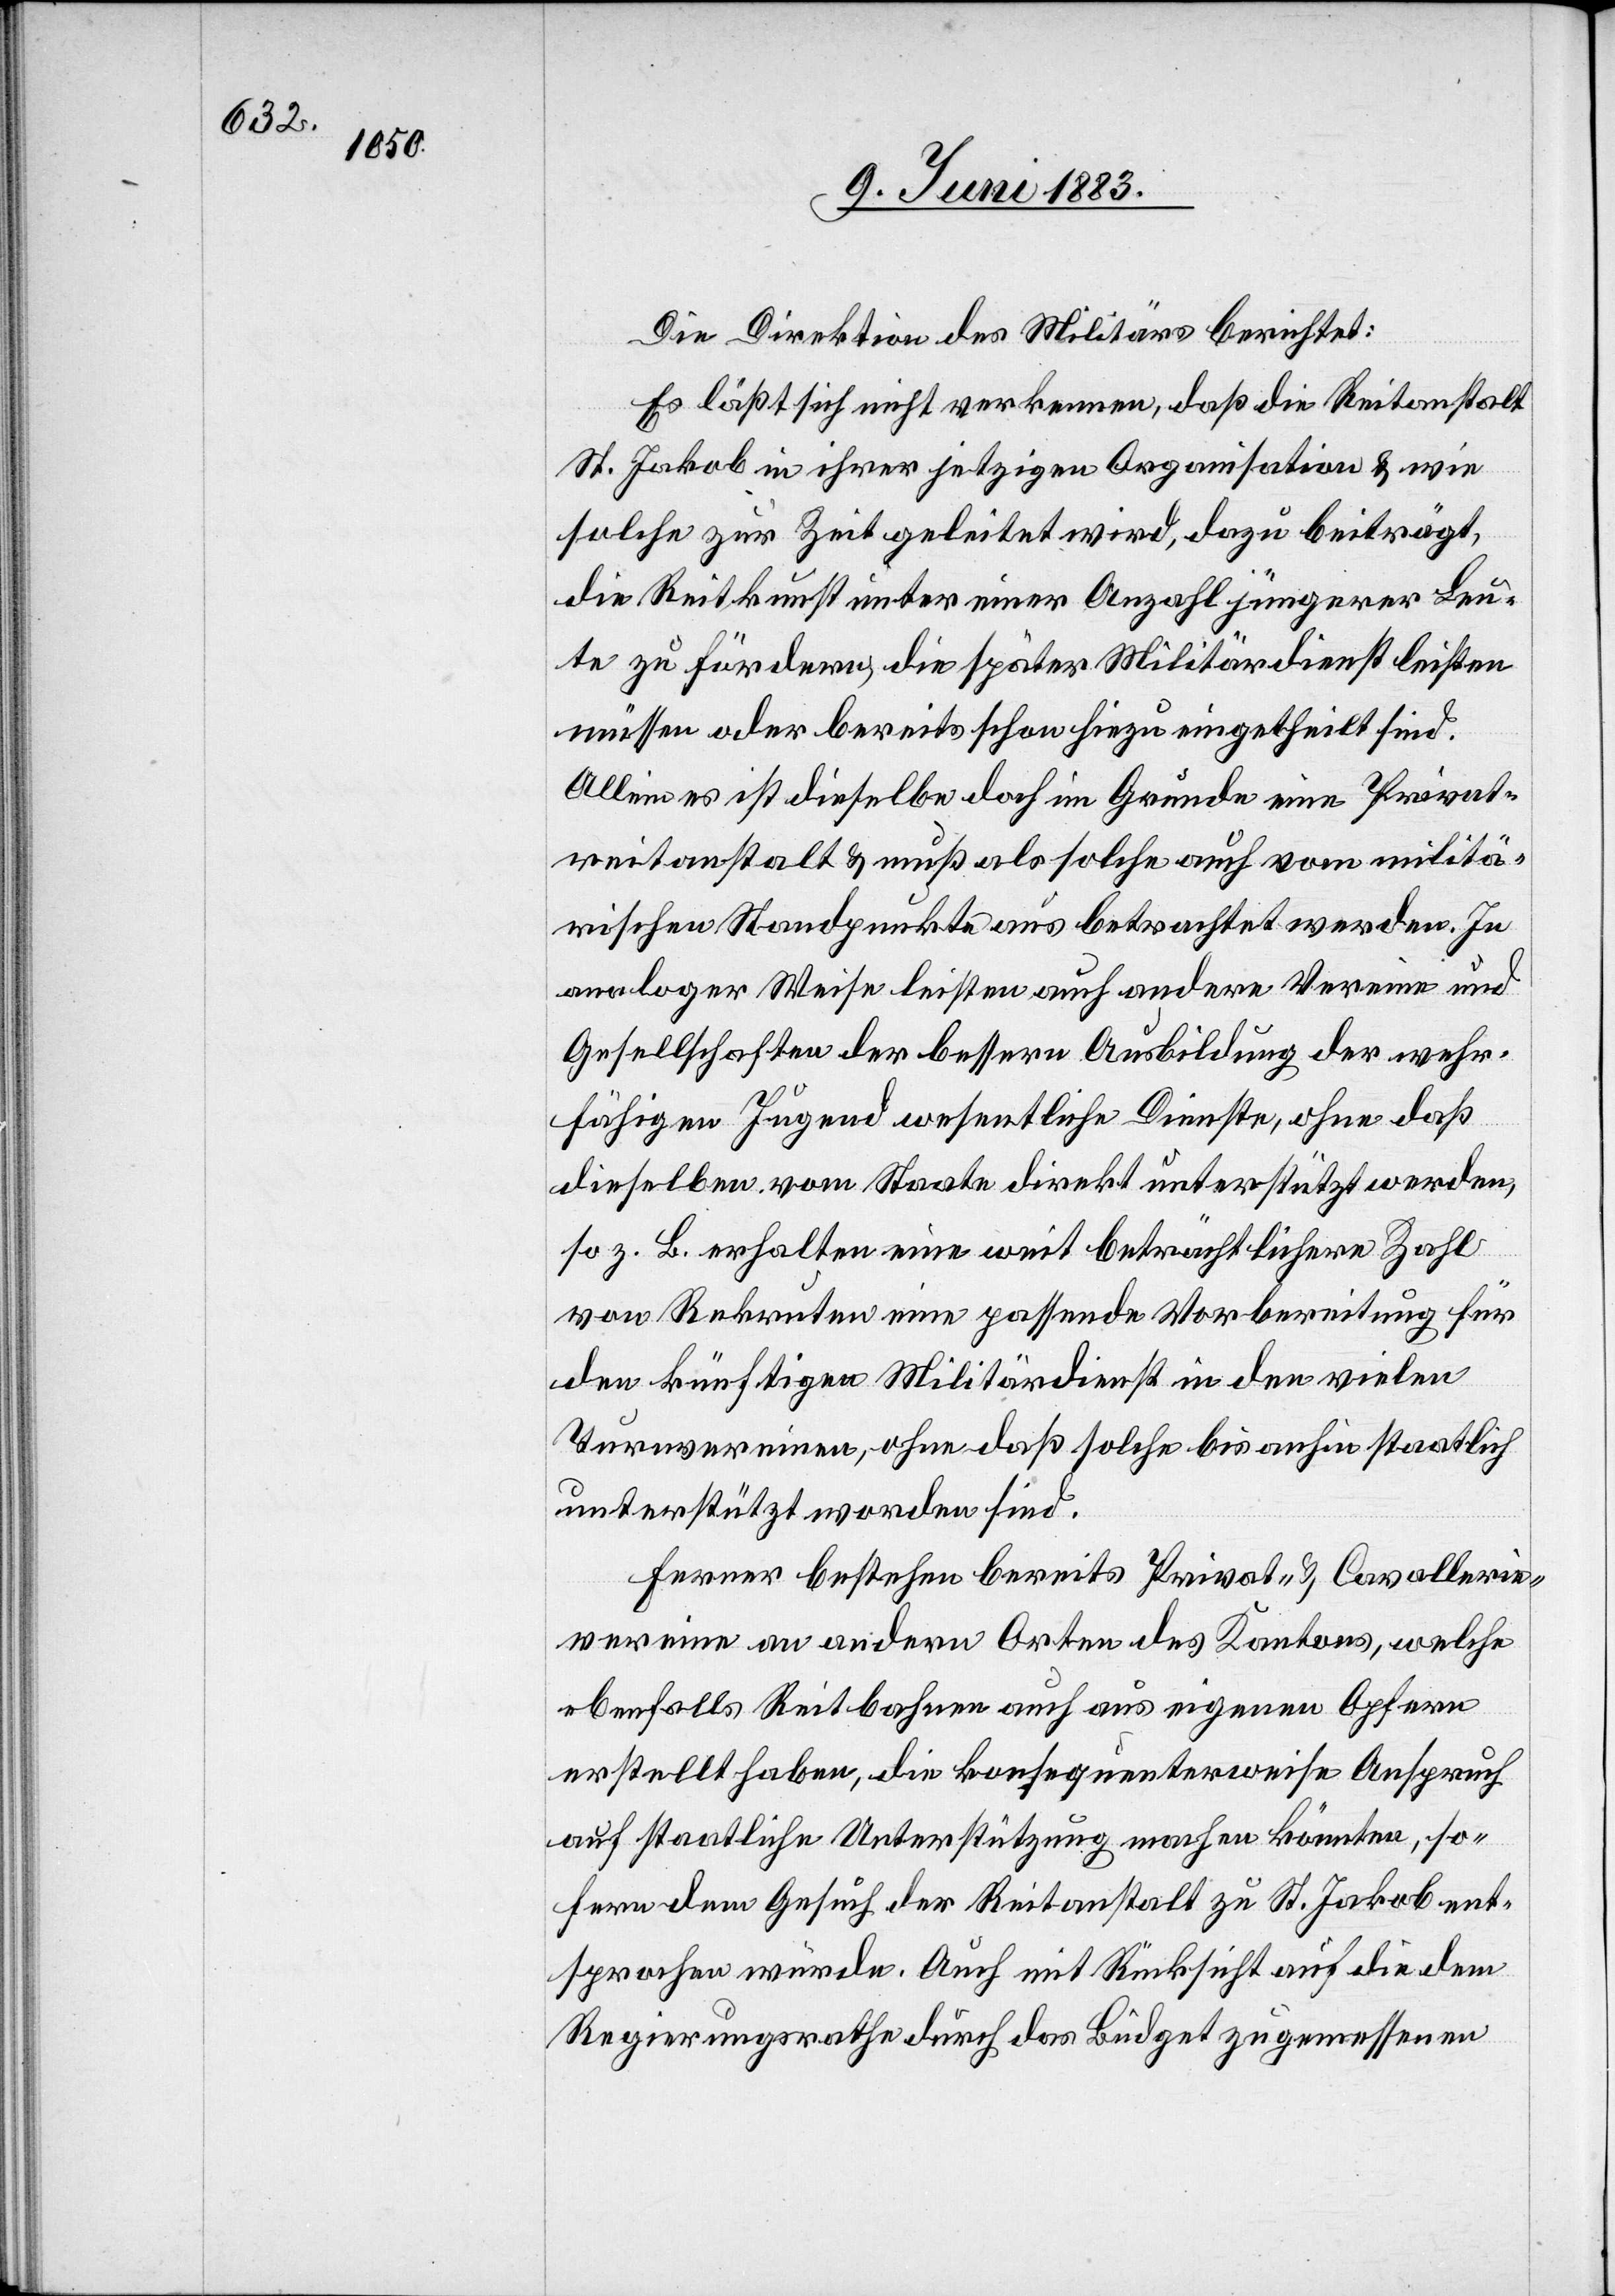
Die Direktion des Militärs berichtet:
Es läßt sich nicht verkennen, daß die Reitanstalt
St. Jakob in ihrer jetzigen Organisation & wie
solche zur Zeit geleitet wird, dazu beiträgt,
die Reitkunst unter einer Anzahl jüngerer Leu¬
te zu fördern, die später Militärdienst leisten
müssen oder bereits schon hiezu eingetheilt sind.
Allein es ist dieselbe doch im Grunde eine Privat¬
reitanstalt & muß als solche auch vom militä¬
rischen Standpunkte aus betrachtet werden. In
analoger Weise leisten auch andere Vereine und
Gesellschaften der bessern Ausbildung der wehr¬
fähigen Jugend wesentliche Dienste, ohne daß
dieselben vom Staate direkt unterstützt werden,
so z. B. erhalten eine weit beträchtlichere Zahl
von Rekruten eine passende Vorbereitung für
den künftigen Militärdienst in den vielen
Turnvereinen, ohne daß solche bis anhin staatlich
unterstützt worden sind.
Ferner bestehen bereits Privat- & Cavallerie¬
vereine an andern Orten des Kantons, welche
ebenfalls Reitbahnen auch aus eigenen Opfern
erstellt haben, die konsequenterweise Anspruch
auf staatliche Unterstützung machen könnten, so¬
fern dem Gesuch der Reitanstalt zu St. Jakob ent¬
sprochen würde. Auch mit Rücksicht auf die dem
Regierungsrathe durch das Büdget zugemessenen